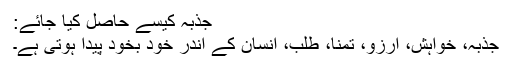
جذبہ کیسے حاصل کیا جائے:
جذبہ، خواہش، آرزو، تمنا، طلب، انسان کے اندر خود بخود پیدا ہوتی ہے۔